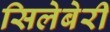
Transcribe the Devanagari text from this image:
सिलेबेरी